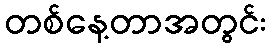
တစ်နေ့တာအတွင်း